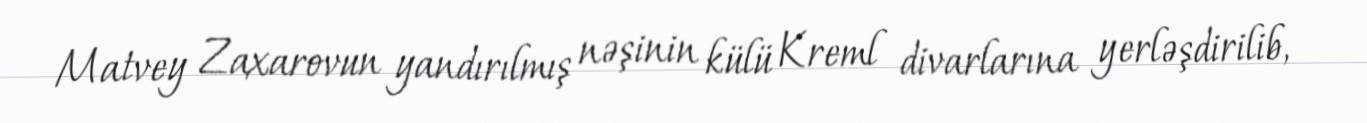
Matvey Zaxarovun yandırılmış nəşinin külü Kreml divarlarına yerləşdirilib,